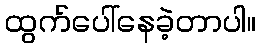
ထွက်ပေါ်နေခဲ့တာပါ။